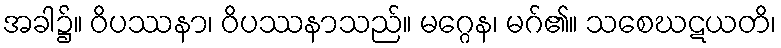
အခါ၌။ ဝိပဿနာ၊ ဝိပဿနာသည်။ မဂ္ဂေန၊ မဂ်၏။ သစေဃဋယတိ၊